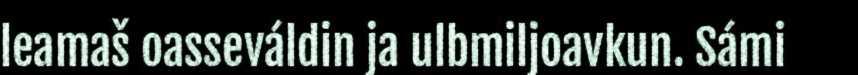
leamaš oasseváldin ja ulbmiljoavkun. Sámi